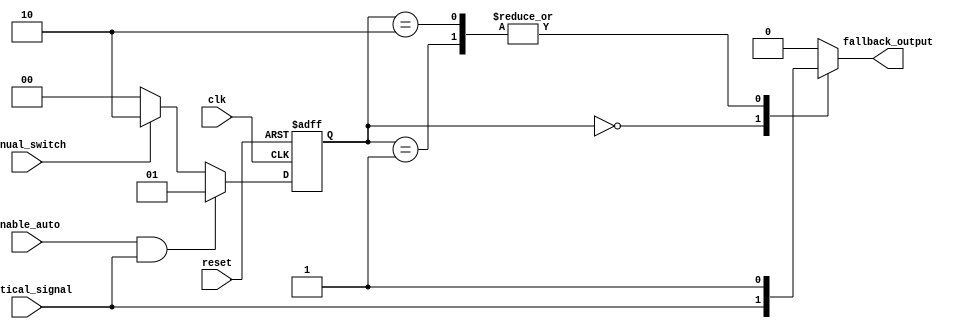
module fallback_bypass_register (
    input wire clk,          // Clock input
    input wire reset,        // Reset input
    input wire enable_auto,  // Enable automatic switching to fallback path
    input wire manual_switch,  // Manual switch to fallback path
    input wire critical_signal, // Critical signal input
    output reg fallback_output   // Output from fallback path
);

// Register to store the fallback path
reg [1:0] fallback_register;

always @(posedge clk or posedge reset) begin
    if (reset) begin
        fallback_register <= 2'b00; // Initialize to normal path
    end else begin
        if (enable_auto && critical_signal) begin
            fallback_register <= 2'b01; // Switch to fallback path
        end else if (manual_switch) begin
            fallback_register <= 2'b10; // Manually switch to fallback path
        end else begin
            fallback_register <= 2'b00; // Remain in normal path
        end
    end
end

always @* begin
    case (fallback_register)
        2'b00: fallback_output = critical_signal; // Normal path
        2'b01: fallback_output = 1; // Fallback path
        2'b10: fallback_output = 1; // Fallback path
        default: fallback_output = 0; // Default case
    endcase
end

endmodule